Document type: Sale
Year: 1461
Scribe: [Unknown]
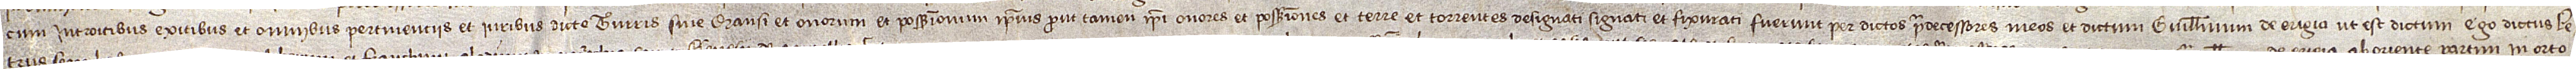
cum introitibus, exitibus et omnibus pertinenciis et iuribus dicte turris sive mansi et onorum et possessionum ipsius, prout tamen ipsi onores et possessiones et terre et torrentes designati, signati et fixurati fuerunt per dictos predecessores meos et dictum Guillelmum de Erigia, ut est dictum, ego dictus Pe-